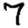
Digit: 7